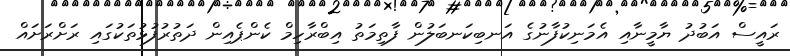
ރައީސް އަބުދު ޔާމީނާއި އެމަނިކުފާނުގެ އަނބިކަނބަލުން ފާތިމަތު އިބްރާހިމް ކެންޕެއިން ދަތުރުފުޅުތަކުގައި ރަށްރަށައް